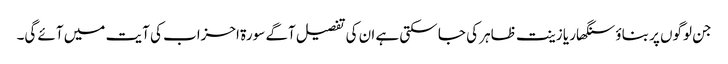
جن لوگوں پر بناؤ سنگھار یا زینت ظاہر کی جا سکتی ہے ان کی تفصیل آگے سورۃ احزاب کی آیت میں آئے گی۔